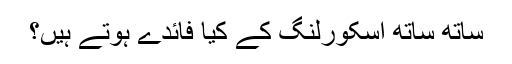
ساتھ ساتھ اسکورلنگ کے کیا فائدے ہوتے ہیں؟